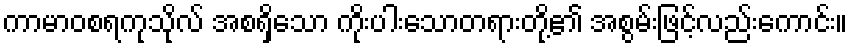
ကာမာဝစရကုသိုလ် အစရှိသော ကိုးပါးသောတရားတို့၏ အစွမ်းဖြင့်လည်းကောင်း။